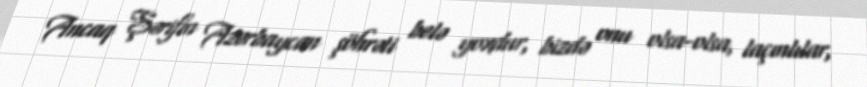
Ancaq Şərifin Azərbaycan şöhrəti belə yoxdur, bizdə onu olsa-olsa, laçınlılar,